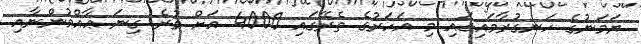
ޔަމަނުގެ ހަނގުރާމައިގައި މި އަހަރުގެ ތެރޭގައި 4000 އަށް ވުރެ ގިނަ ޢާއްމުންނާއި